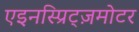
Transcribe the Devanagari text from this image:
एइनस्प्रिट्ज़मोटर